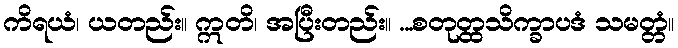
ကိရယံ၊ ယတည်း။ ဣတိ၊ အပြီးတည်း။ ...စတုတ္ထသိက္ခာပဒံ သမတ္တံ။